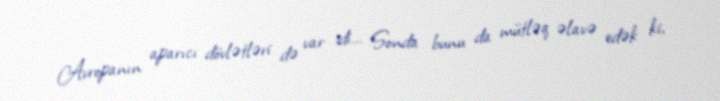
Avropanın aparıcı dövlətləri də var idi... Sonda bunu da mütləq əlavə edək ki,